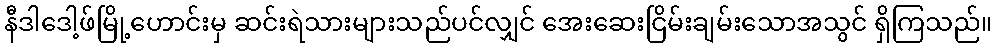
နီဒါဒေါ့ဖ်မြို့ဟောင်းမှ ဆင်းရဲသားများသည်ပင်လျှင် အေးဆေးငြိမ်းချမ်းသောအသွင် ရှိကြသည်။